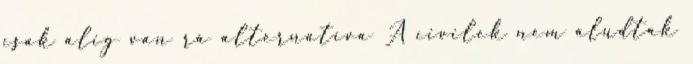
csak alig van rá alternatíva A civilek nem aludtak